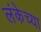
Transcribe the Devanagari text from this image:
लंकेच्या